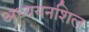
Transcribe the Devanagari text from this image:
अध्ययनशिल